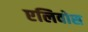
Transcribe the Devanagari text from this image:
एलिवोस